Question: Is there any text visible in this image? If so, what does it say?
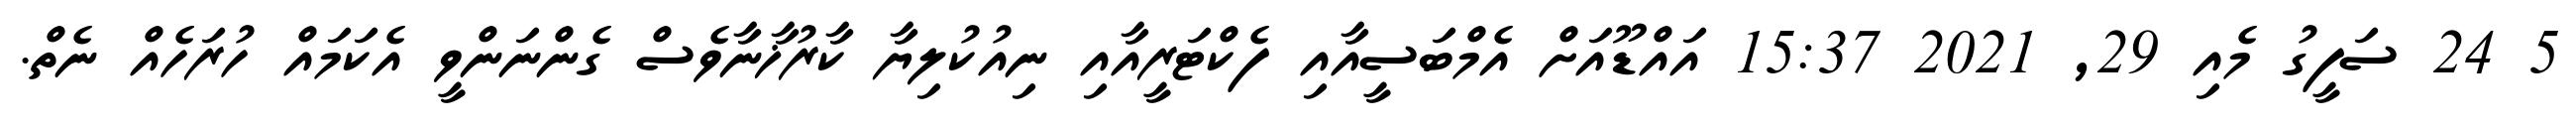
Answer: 5 24 ސަފީގު މެއި 29, 2021 15:37 އައްޑޫއަށް އެމްބަސީއާއި ފެކްޓަރީއާއި ނިއުކުލިޔާ ކާރުޚާނާވެސް ގެންނަންވީ އެކަމައް ހުރަހެއް ނެތް.